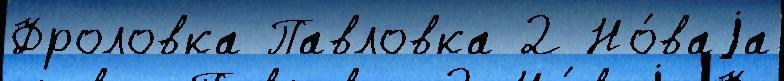
Фроловка Павловка 2 Но́ваjа